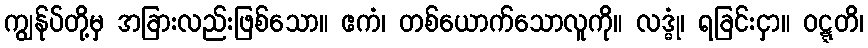
ကျွန်ုပ်တို့မှ အခြားလည်းဖြစ်သော။ ဧကံ၊ တစ်ယောက်သောလူကို။ လဒ္ဓုံ၊ ရခြင်းငှာ။ ဝဋ္ဋတိ၊